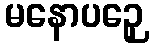
မနောပဉှေ